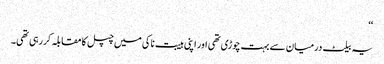
‘‘
یہ بیلٹ درمیان سے بہت چوڑی تھی اور اپنی ہیبت ناکی میں چپل کا مقابلہ کررہی تھی۔